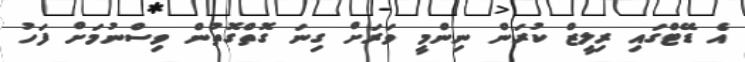
އެ ޑޭޓްގައި ރިލީޒް ކުރަން ނިންމީ ވަރަށް ގިނަ ގޮތްގޮތުން ވިސްނުމަށް ފަހު